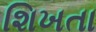
શિખતા